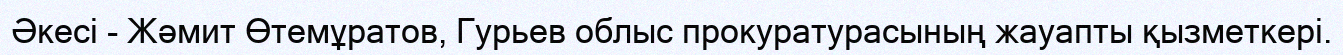
Әкесі - Жәмит Өтемұратов, Гурьев облыс прокуратурасының жауапты қызметкері.